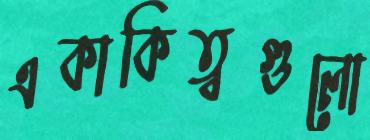
একাকিত্বগুলো